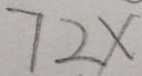
7 2 x